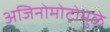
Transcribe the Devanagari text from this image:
अजिनोमोटोमुळे